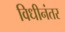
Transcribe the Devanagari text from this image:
विधीनंतर